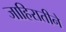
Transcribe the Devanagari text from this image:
जाहिरातीने